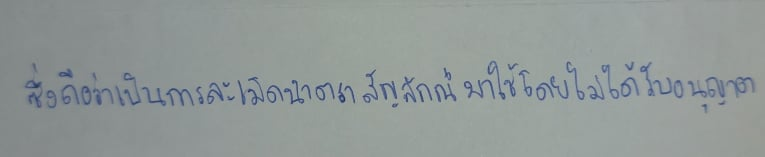
ซึ่งถือว่าเป็นการละเมิดนำตราสัญลักษณ์มาใช้โดยไม่ได้รับอนุญาต